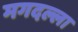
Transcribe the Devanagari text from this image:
मगदल्ला